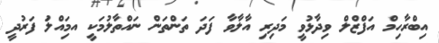
އިބްރާހިމް އަފްޒްލް ވިދާޅުވީ މަދިރި އާލާވާ ފަދަ ތަންތަން ނައްތާލުމަކީ އމަިއްލަު ފަރުދީ